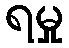
ရမှု